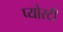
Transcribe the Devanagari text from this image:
प्योरटी